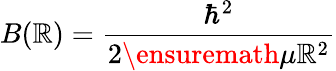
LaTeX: B(\mathbb{R})=\frac{{\hbar^{2}}}{{2\ensuremath{{\mu}}\mathbb{R}^{2}}}